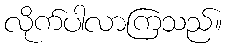
လိုက်ပါလာကြသည်။